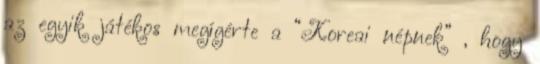
az egyik játékos megígérte a “Koreai népnek” , hogy